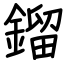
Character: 鎦